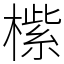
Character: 橴